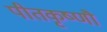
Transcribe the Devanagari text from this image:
पीतकृष्णौ